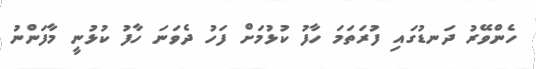
ހެންވޭރު ދަނޑުގައި ފުރަތަމަ ހާފު ކުޅުމަށް ފަހު ދެވަނަ ހާފު ކުޅުނީ މާފަންނު